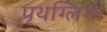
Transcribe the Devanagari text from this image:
पृथग्लिंगी